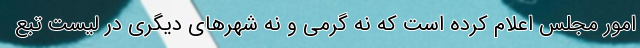
امور مجلس اعلام کرده است که نه گرمی و نه شهرهای دیگری در لیست تبع